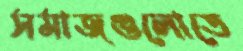
সমাজগুলোতে